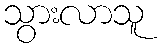
သွားလာသူ